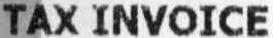
TAX INVOICE